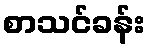
စာသင်ခန်း